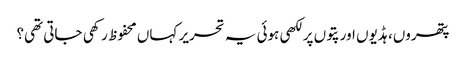
پتھروں، ہڈیوں اور پتوں پر لکھی ہوئی یہ تحریر کہاں محفوظ رکھی جاتی تھی؟